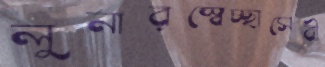
লুনারস্বেচ্ছাসেবী